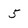
Character: 5